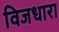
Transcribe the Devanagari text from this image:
विजधारा